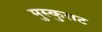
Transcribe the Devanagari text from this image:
मुस्कुराट